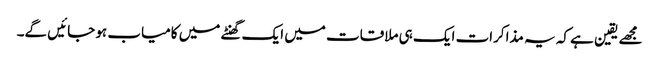
مجھے یقین ہے کہ یہ مذاکرات ایک ہی ملاقات میں ایک گھنٹے میں کامیاب ہو جائیں گے۔